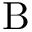
\mathrm { B }